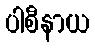
ပါစီနာယ